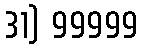
31) 99999